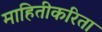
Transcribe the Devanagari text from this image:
माहितीकरिता